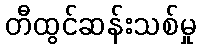
တီထွင်ဆန်းသစ်မှု